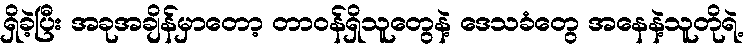
ရှိခဲ့ပြီး အခုအချိန်မှာတော့ တာဝန်ရှိသူတွေနဲ့ ဒေသခံတွေ အနေနဲ့သူတိုရဲ့